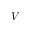
V